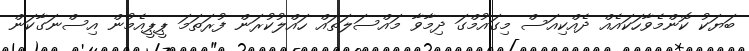
ބަޔަކު ކޮންމެވާހަކައެއް ދެއްކިއަސް މިގައުމްގަ ދިމާވާ މައްސަލަތައް ހައްލުކުރަން ފުރަތަމަ ޕީޕީއެމުން އިސްނަގާކަން